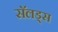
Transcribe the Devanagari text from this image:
सॅलड्स